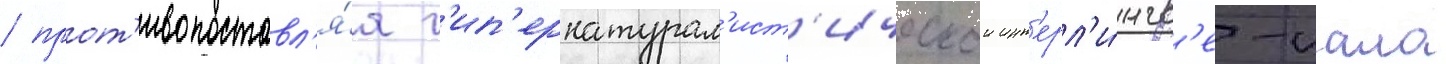
/ прот'ивопоставл'я́я г'ип'ернатурал'ист'ическои инт'ерл'и́нгв'е-иала